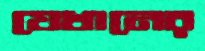
যেখানের